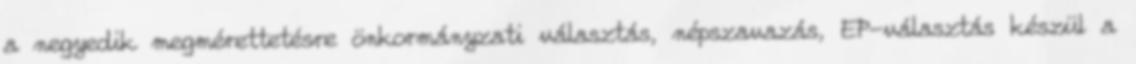
a negyedik megmérettetésre önkormányzati választás, népszavazás, EP-választás készül a